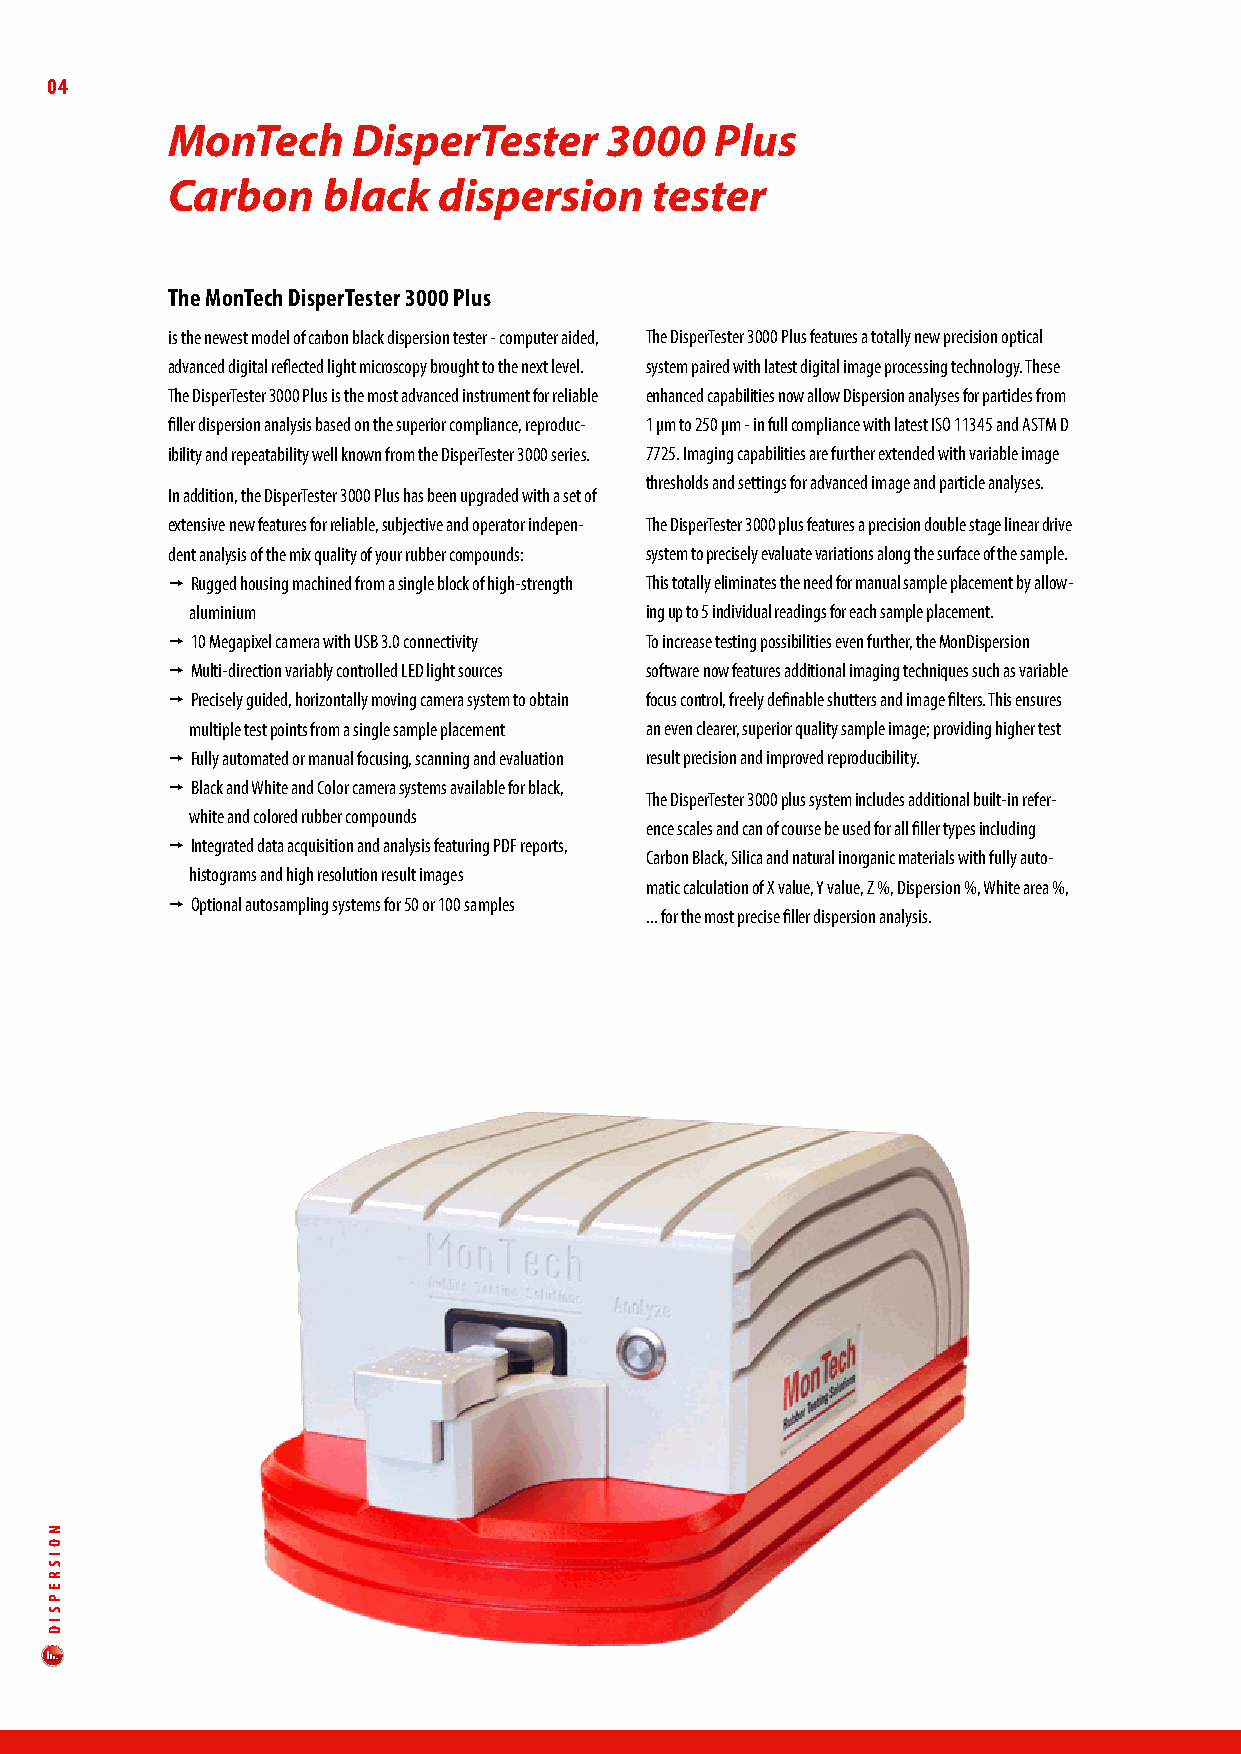
04
 MonTech     DisperTester     3000   Plus
 Carbon    black   dispersion    tester
 The MonTech disperTester 3000 Plus
 is the newest model of carbon black dispersion tester - computer aided, The DisperTester 3000 Plus features a totally new precision optical
 advanced digital reflected light microscopy brought to the next level. system paired with latest digital image processing technology. These
 The DisperTester 3000 Plus is the most advanced instrument for reliable enhanced capabilities now allow Dispersion analyses for particles from
 filler dispersion analysis based on the superior compliance, reproduc- 1 µm to 250 µm - in full compliance with latest ISO 11345 and ASTM D
 ibility and repeatability well known from the DisperTester 3000 series. 7725. Imaging capabilities are further extended with variable image
 thresholds and settings for advanced image and particle analyses.
 In addition, the DisperTester 3000 Plus has been upgraded with a set of
 extensive new features for reliable, subjective and operator indepen- The DisperTester 3000 plus features a precision double stage linear drive
 dent analysis of the mix quality of your rubber compounds: system to precisely evaluate variations along the surface of the sample.
  Rugged housing machined from a single block of high-strength This totally eliminates the need for manual sample placement by allow-
 aluminium                     ing up to 5 individual readings for each sample placement.
  10 Megapixel camera with USB 3.0 connectivity To increase testing possibilities even further, the MonDispersion
  Multi-direction variably controlled LED light sources software now features additional imaging techniques such as variable
  Precisely guided, horizontally moving camera system to obtain focus control, freely definable shutters and image filters. This ensures
 multiple test points from a single sample placement an even clearer, superior quality sample image; providing higher test
  Fully automated or manual focusing, scanning and evaluation result precision and improved reproducibility.
  Black and White and Color camera systems available for black,
 The DisperTester 3000 plus system includes additional built-in refer-
 white and colored rubber compounds
 ence scales and can of course be used for all filler types including
  Integrated data acquisition and analysis featuring PDF reports,
 Carbon Black, Silica and natural inorganic materials with fully auto-
 histograms and high resolution result images
 matic calculation of X value, Y value, Z %, Dispersion %, White area %,
  Optional autosampling systems for 50 or 100 samples
 ... for the most precise filler dispersion analysis.
 NOISREPSId